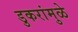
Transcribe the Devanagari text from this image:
डुकरांमुळे